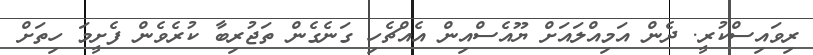
ރިވައިސްކުރީ. ދެން އަމިއްލައަށް ޔޫއެސްއިން އެއްޗެހި ގަނެގެން ތަޖުރިބާ ކުރެވެން ފެށީމަ ހިތަށް